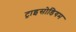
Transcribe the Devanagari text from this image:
ट्राइसोडियम